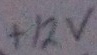
Text: +12v